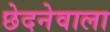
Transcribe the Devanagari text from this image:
छेदनेवाला